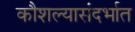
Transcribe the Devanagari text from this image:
कौशल्यासंदर्भात